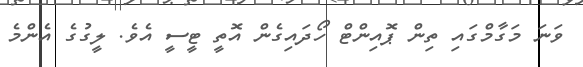
ވަނަ މަގާމްގައި ތިން ޕޮއިންޓް ހޯދައިގެން އޮތީ ޓީސީ އެވެ. ލީގުގެ އެެންމެ